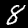
Digit: 8